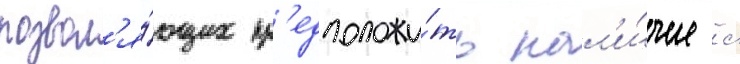
позвол'я́ющих пр'едположи́ть нал'и́чие с